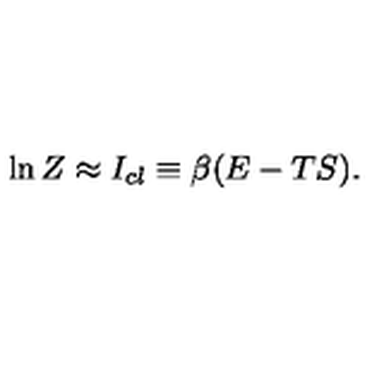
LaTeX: \ln Z \approx I _ { c l } \equiv \beta ( E - T S ) .